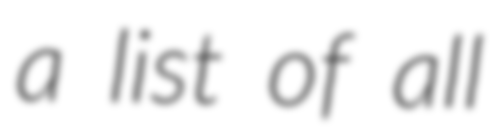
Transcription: a list of all